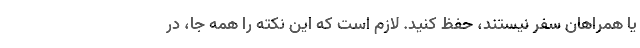
یا همراهان سفر نیستند، حفظ کنید. لازم است که این نکته را همه جا، در